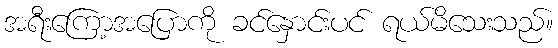
အရီးကြော့အပြောကို ခင်နှောင်းပင် ရယ်မိသေးသည်။